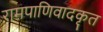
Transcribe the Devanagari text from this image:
रामपाणिवादकृत